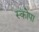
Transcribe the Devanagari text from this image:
स्कोपा